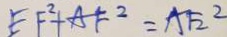
E F ^ { 2 } + A F ^ { 2 } = A F _ { 2 } ^ { 2 }